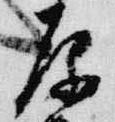
原